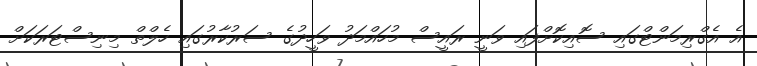
އެ އެގްރިމަންޓްގައި ސޮއިކޮށްފައި ވަނީ ރައީސް މުހައްމަދު ވަހީދުގެ ސަރުކާރުގައި ހެލްތް މިނިސްޓަރަކަށް